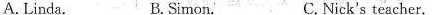
A. Linda. B. Simon. C.Nick's teacher.